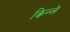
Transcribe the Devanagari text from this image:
किन्ले